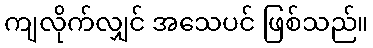
ကျလိုက်လျှင် အသေပင် ဖြစ်သည်။